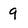
Character: 9